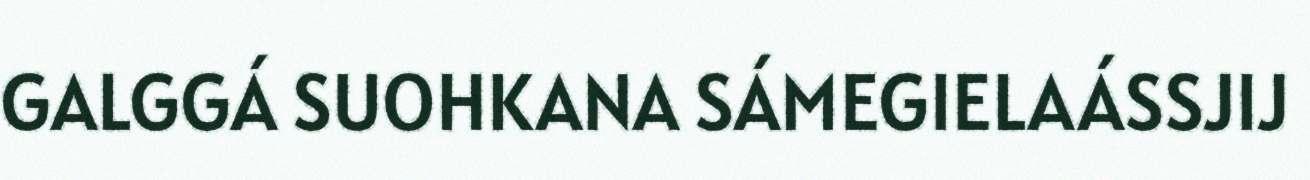
GALGGÁ SUOHKANA SÁMEGIELAÁSSJIJ